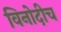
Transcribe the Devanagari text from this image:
विनोदीच